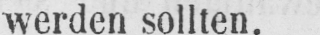
werden sollten.